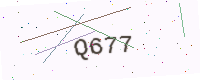
Text: Q677